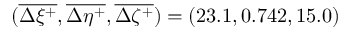
( \overline { { \Delta \xi ^ { + } } } , \overline { { \Delta \eta ^ { + } } } , \overline { { \Delta \zeta ^ { + } } } ) = ( 2 3 . 1 , 0 . 7 4 2 , 1 5 . 0 )